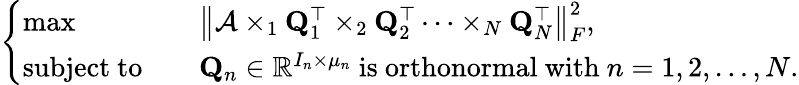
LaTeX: \left\{ \begin{array}{ll}{\operatorname*{max}}&{\quad\left\| \mathcal{A}\times_{1}\mathbf{Q}_{1}^{\top}\times_{2}\mathbf{Q}_{2}^{\top}\dots\times_{N}\mathbf{Q}_{N}^{\top}\right\| _{F}^{2},}\\ {\mathrm{subject~to}}&{\quad\mathbf{Q}_{n}\in\mathbb{R}^{I_{n}\times\mu_{n}}\mathrm{~is~orthonormal~with~}n=1,2,\dots,N.}\end{array}\right.